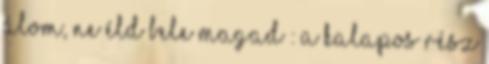
álom, ne éld bele magad : A kalapos rész